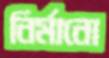
নির্মানো